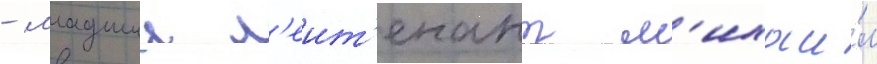
- младшии л'еит'енант м'ихаи́л